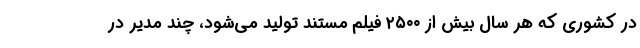
در کشوری که هر سال بیش از ۲۵۰۰ فیلم مستند تولید می‌شود، چند مدیر در